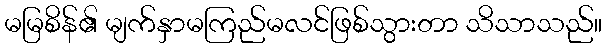
မမြစိန်၏ မျက်နှာမကြည်မလင်ဖြစ်သွားတာ သိသာသည်။